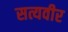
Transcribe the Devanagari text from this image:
सत्यवीर